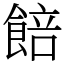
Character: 餢